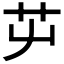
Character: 𦬏